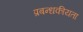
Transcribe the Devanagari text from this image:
प्रबन्धकीयता